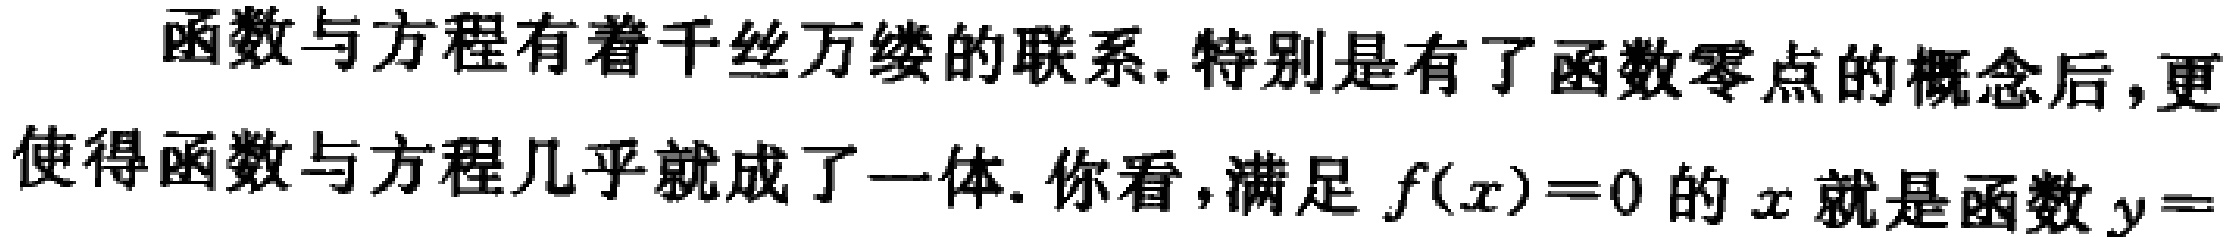
函数与方程有着千丝万缕的联系.特别是有了函数零点的概念后,更使得函数与方程几乎就成了一体.你看,满足 \(f(x)=0\) 的 \(x\) 就是函数 \(y = \)